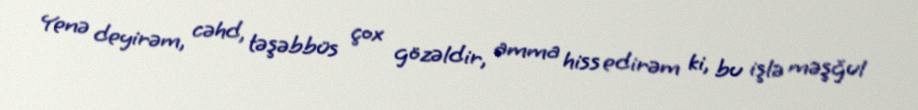
Yenə deyirəm, cəhd, təşəbbüs çox gözəldir, amma hiss edirəm ki, bu işlə məşğul